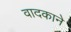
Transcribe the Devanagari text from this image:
वादकाने